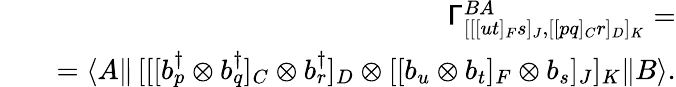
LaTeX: \begin{array}{rlr}&{}&{\mathsf{\Gamma}_{[[[ut]_{F}s]_{J},[[pq]_{C}r]_{D}]_{K}}^{BA}=}\\ &{}&{=\langle A\| \, [[[b_{p}^{\dagger}\otimes b_{q}^{\dagger}]_{C}\otimes b_{r}^{\dagger}]_{D}\otimes[[b_{u}\otimes b_{t}]_{F}\otimes b_{s}]_{J}]_{K}\| B\rangle.}\end{array}